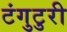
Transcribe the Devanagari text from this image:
टंगुटुरी